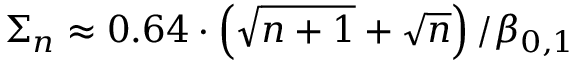
\Sigma _ { n } \approx 0 . 6 4 \cdot \left( \sqrt { n + 1 } + \sqrt { n } \right) / \beta _ { 0 , 1 }